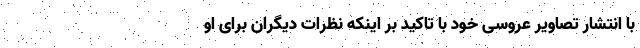
با انتشار تصاویر عروسی خود با تاکید بر اینکه نظرات دیگران برای او